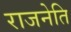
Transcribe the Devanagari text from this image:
राजनेति